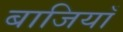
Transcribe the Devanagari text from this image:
बाजियाँ